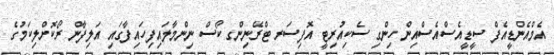
އެމްއެންޑީއެފް ސީޑީއެސްއެސްއިން ހިންގި ސެކިއުރިޓީ އޮފިސަރ ޓްރޭނިންގ ކޯސް ނިންމާލައިފިހައިފާގައި އަލިފާން ރޯކޮށްލިކަމުގެ